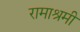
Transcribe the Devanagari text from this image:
रामाश्रमी